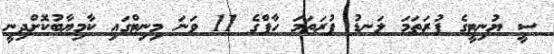
ސީ ޔުނިޓީގެ ފުރަތަމަ ލަނޑު ފުރަތަމަ ހާފްގެ 11 ވަނަ މިނިޓްގައި ކާމިޔާބުކޮށްދިނީ